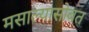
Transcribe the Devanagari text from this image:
मसाल्यासोबत